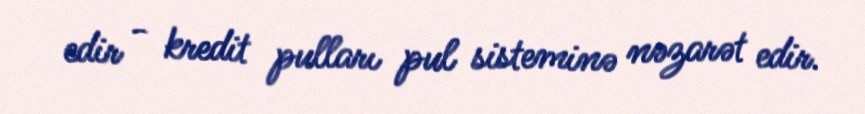
edir - kredit pulları pul sisteminə nəzarət edir.